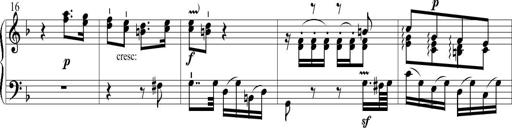
Title: 6 Leichte Sonatinen, Teil 1
Composer: F. Sigismund Sander